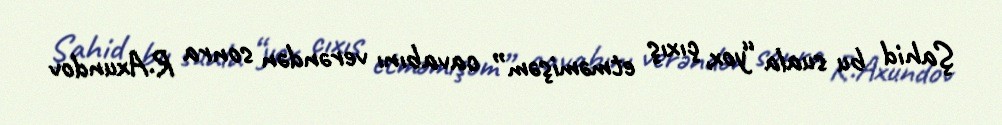
Şahid bu suala “yox, çıxış etməmişəm” cavabını verəndən sonra R.Axundov